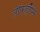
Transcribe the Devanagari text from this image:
लीफहॉपर्स